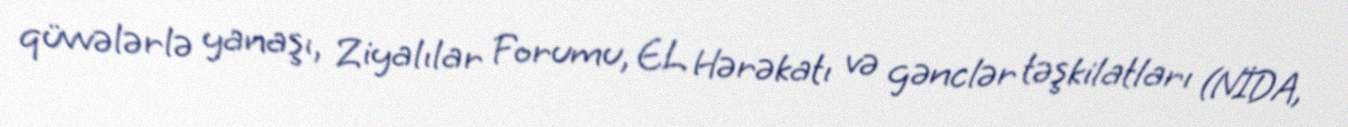
qüvvələrlə yanaşı, Ziyalılar Forumu, EL Hərəkatı və gənclər təşkilatları (NİDA,